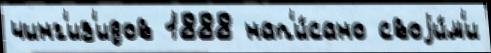
чинг'из'идов 1888 нап'и́сано своjи́м'и